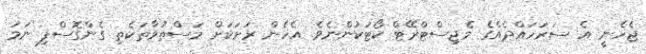
ޖެހެނީ އެ ސަރަހައްދެއްގެ މެޖިސްޓްރޭޓް ކޯޓަކުންނެވެ. އެހެން ރަށަކަށް މަސްތުވާތަކެތި ގެންގޮސްފި ނަމަ